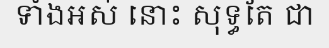
ទាំងអស់ នោះ សុទ្ធតែ ជា